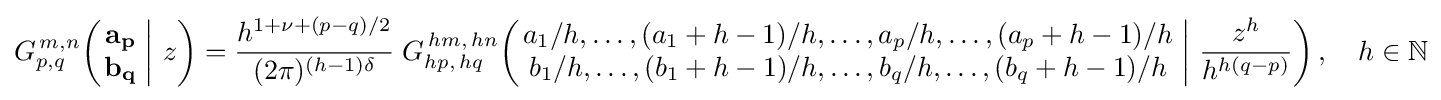
G_{p,q}^{\,m,n}\!\left(\left.{\begin{matrix}\mathbf {a_{p}} \\\mathbf {b_{q}} \end{matrix}}\;\right|\,z\right)={\frac {h^{1+\nu +(p-q)/2}}{(2\pi )^{(h-1)\delta }}}\;G_{hp,\,hq}^{\,hm,\,hn}\!\left(\left.{\begin{matrix}a_{1}/h,\dots ,(a_{1}+h-1)/h,\dots ,a_{p}/h,\dots ,(a_{p}+h-1)/h\\b_{1}/h,\dots ,(b_{1}+h-1)/h,\dots ,b_{q}/h,\dots ,(b_{q}+h-1)/h\end{matrix}}\;\right|\,{\frac {z^{h}}{h^{h(q-p)}}}\right),\quad h\in \mathbb {N}